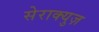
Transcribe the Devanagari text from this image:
सेराक्युज़